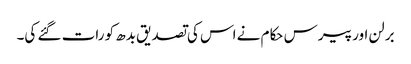
برلن اور پیرس حکام نے اس کی تصدیق بدھ کو رات گئے کی۔